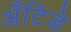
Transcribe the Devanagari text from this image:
अँटिडे